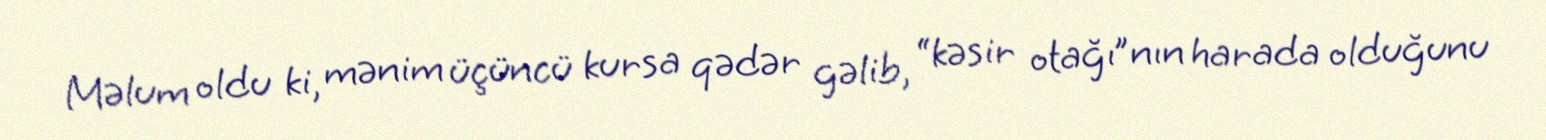
Məlum oldu ki, mənim üçüncü kursa qədər gəlib, “kəsir otağı”nın harada olduğunu